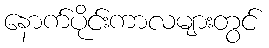
နောက်ပိုင်းကာလများတွင်